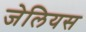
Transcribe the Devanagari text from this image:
जेलियस